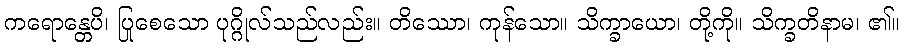
ကရောန္တေပိ၊ ပြုစေသော ပုဂ္ဂိုလ်သည်လည်း။ တိဿော၊ ကုန်သော။ သိက္ခာယော၊ တို့ကို။ သိက္ခတိနာမ၊ ၏။